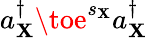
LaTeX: a_{\mathbf{X}}^{\dagger}\toe^{s_{\mathbf{X}}}a_{\mathbf{X}}^{\dagger}